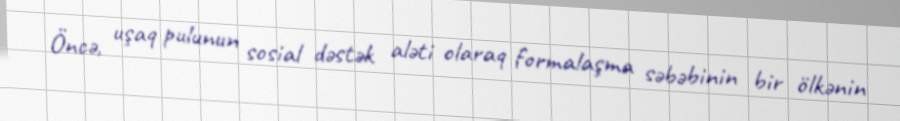
Öncə, uşaq pulunun sosial dəstək aləti olaraq formalaşma səbəbinin bir ölkənin